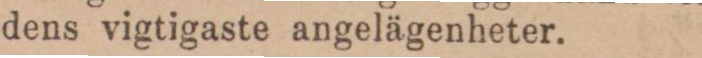
dens vigtigaste angelägenheter.